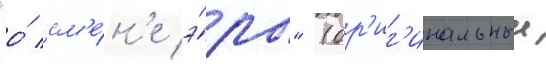
"о́ см'е́н'е э́ры" (ор'иг'инальныи